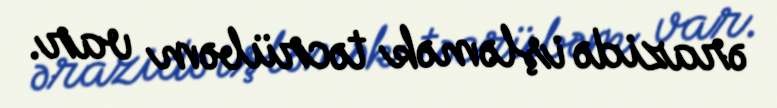
ərazidə işləmək təcrübəm var.